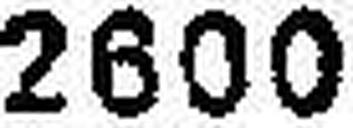
2600